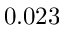
0 . 0 2 3